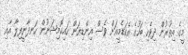
މީގެ އިތުރުން ދިވެހި ބަހުގެ އެކަޑެމީއަށް ވެސް އިންޑިޔަން ހައިކޮމިޝަނުން ހަނދާނީފިލާ އާއި